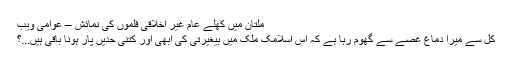
ملتان میں کھلے عام غیر اخلاقی فلموں کی نمائش – عوامی ویب
کل سے میرا دماغ غصے سے گھوم رہا ہے کہ اس اسلامک ملک میں بیغیرتی کی ابھی اور کتنی حدیں پار ہونا باقی ہیں...؟